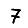
Digit: 7